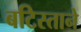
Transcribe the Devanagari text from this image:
बटिस्ताने